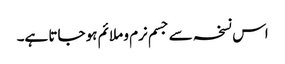
اس نسخہ سے جسم نرم و ملائم ہو جاتا ہے۔